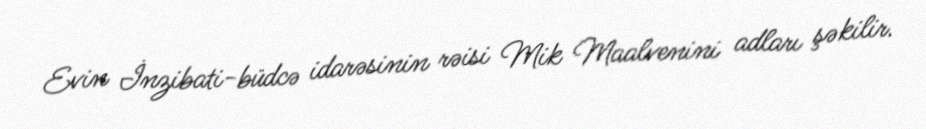
Evin İnzibati-büdcə idarəsinin rəisi Mik Maalvenini adları şəkilir.